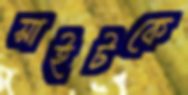
সাইটকে